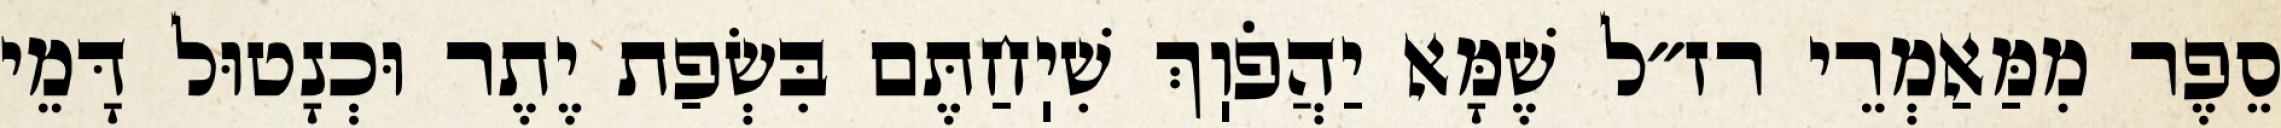
סֵפֶר מִמַּאַמְרֵי רז״ל שֶׁמָּא יַהֲפֹוֽךְ שִׁיֽחַתֶּם בִּשְׂפַת יֶתֶר וּכְנָטוּל דָּמֵי